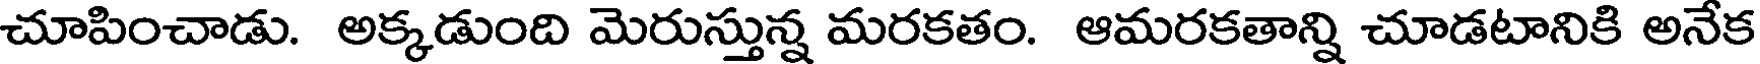
చూపించాడు. అక్కడుంది మెరుస్తున్న మరకతం. ఆమరకతాన్ని చూడటానికి అనేక